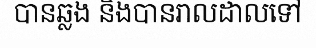
បានឆ្លង និងបានរាលដាលទៅ